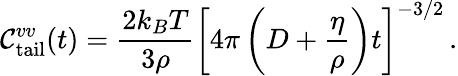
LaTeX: \mathcal{C}_{\mathrm{{tail}}}^{vv}(t)=\frac{{2k_{B}T}}{{3\rho}}\left[4\pi\left(D+\frac{{\eta}}{{\rho}}\right)t\right]^{-3/2}\, .